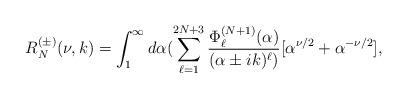
LaTeX: \begin{align*}R^{(\pm)}_N(\nu,k)=\int_{1}^{\infty}d\alpha(\sum_{\ell=1}^{2N+3}\frac{\Phi^{(N+1)}_{\ell}(\alpha)}{(\alpha\pm ik)^{\ell})}[\alpha^{\nu/2}+\alpha^{-\nu/2}],\end{align*}